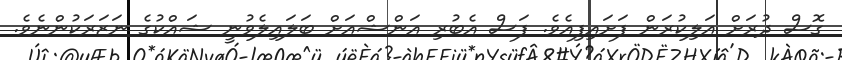
ގޮސް ދުރަށް އަލިކުރަން ފަށައިފިއެވެ. ފަސް އެބުރި އަންޝްއަށް ބަލައިލެވުނީ ޝައްކުގެ ނަޒަރަކުންނެވެ.